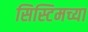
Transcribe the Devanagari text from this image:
सिस्टिमच्या